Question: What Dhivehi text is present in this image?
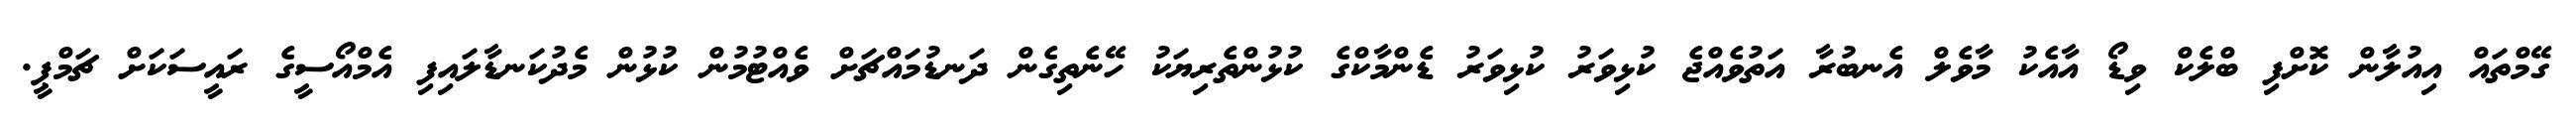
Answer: ގޭމްތައް އިއުލާން ކޮށްފި ބްލެކް ވިޑޯ އާއެކު މާވެލް އެނބުރާ އަތުވެއްޖެ ކުޅިވަރު ކުޅިވަރު ޑެންމާކްގެ ކުޅުންތެރިޔަކު ހޭނެތިގެން ދަނޑުމައްޗަށް ވެއްޓުމުން ކުޅުން މެދުކަނޑާލައިފި އެމްއޯސީގެ ރައީސަކަށް ޗަމްޕީ.